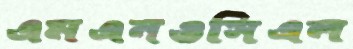
এমএনওসিএল